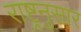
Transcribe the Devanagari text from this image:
राष्ट्रनुसार